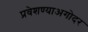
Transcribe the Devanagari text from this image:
प्रवेशण्याअगोदर